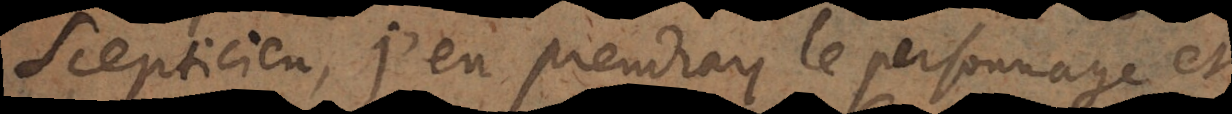
Scepticien, j’en prendray le personnage et